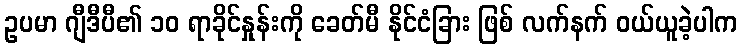
ဥပမာ ဂျီဒီပီ၏ ၁၀ ရာခိုင်နှုန်းကို ခေတ်မီ နိုင်ငံခြား ဖြစ် လက်နက် ဝယ်ယူခဲ့ပါက